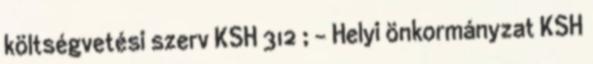
költségvetési szerv KSH 312 ; - Helyi önkormányzat KSH